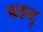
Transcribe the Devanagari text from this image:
मरुद्